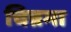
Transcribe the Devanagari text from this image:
चिन्नमा